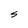
Character: S